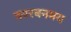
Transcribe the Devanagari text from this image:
कारबनमय